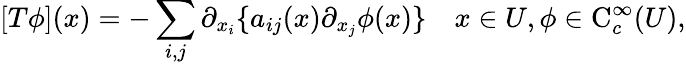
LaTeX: [T\phi](x)=-\sum_{i,j}\partial_{x_{i}}\{ a_{ij}(x)\partial_{x_{j}}\phi(x)\} \quad x\in U,\phi\in\operatorname{C}_{c}^{\infty}(U),